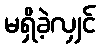
မရှိခဲ့လျှင်